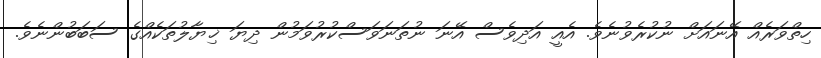
ހިތްވަރެއް އޭނައަށް ނުކުރެވުނެވެ. އެއީ އަދިވެސް އޭނަ ނުތަނަވަސްކުރުވަމުން ދިޔަ ޚިޔާލުތަކެއްގެ ސަބަބުންނެވެ.